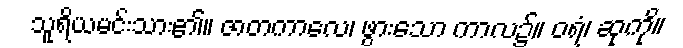
သူရိယမင်းသား၏။ ဇာတကာလေ၊ ဖွားသော ကာလ၌။ ဝရံ၊ ဆုကို။